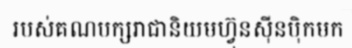
របស់គណបក្សរាជានិយមហ្វ៊ុនស៊ីនប៉ិកមក